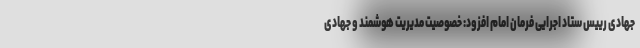
جهادی رییس ستاد اجرایی فرمان امام افزود: خصوصیت مدیریت هوشمند و جهادی